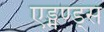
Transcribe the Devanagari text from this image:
एड्मण्ड्स